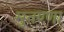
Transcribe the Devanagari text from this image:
मुतण्णा